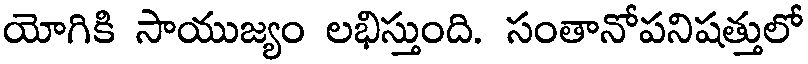
యోగికి సాయుజ్యం లభిస్తుంది. సంతానోపనిషత్తులో